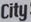
City